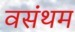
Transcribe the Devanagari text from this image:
वसंथम